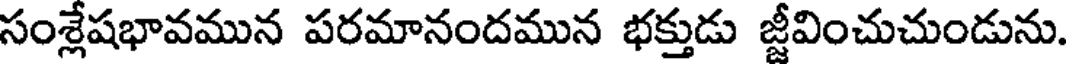
సంశ్లేషభావమున పరమానందమున భక్తుడు జ్జీవించుచుండును.